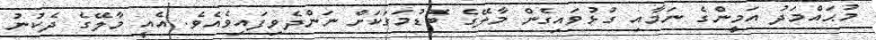
މުޙައްމަދު އަމީންގެ ނަމާއި ގުޅުވައިގެން މާލޭގެ ބޮޑުމަގަކަށް ނަންދެވިފައިވެއެވެ. އެއީ މާލޭގެ ދެކުނު